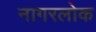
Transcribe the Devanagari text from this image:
नागरलोक